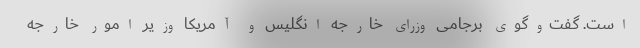
است. گفت‌وگوی برجامی وزرای خارجه انگلیس و آمریکا وزیر امور خارجه